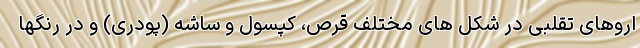
اروهای تقلبی در شکل های مختلف قرص، کپسول و ساشه (پودری) و در رنگها